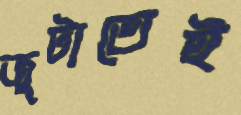
জুটাতেই